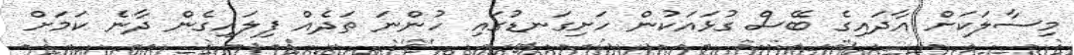
މިސާލަކަށް އާދައިގެ ބޭސް ގުޅައަކުން ހަށިގަނޑުގައި ހުންނަ ތަދެއް ފިލައިގެން ދާނެ ކަމަށް